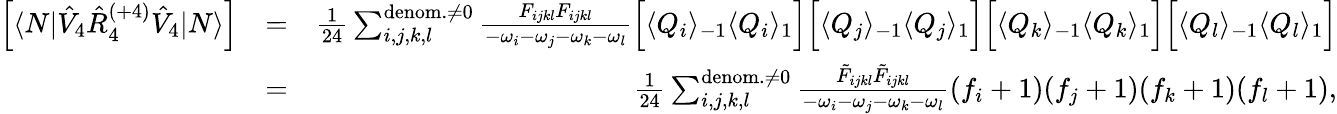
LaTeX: \begin{array}{rlr}{\left[\langle N|\hat{V}_{4}\hat{R}_{4}^{(+4)}\hat{V}_{4}|N\rangle\right]}&{=}&{\frac{1}{24}\sum_{i,j,k,l}^{{\mathrm{denom.}\neq 0}}\frac{F_{ijkl}F_{ijkl}}{-\omega_{i}-\omega_{j}-\omega_{k}-\omega_{l}}\Big[\langle Q_{i}\rangle_{-1}\langle Q_{i}\rangle_{1}\Big]\Big[\langle Q_{j}\rangle_{-1}\langle Q_{j}\rangle_{1}\Big]\Big[\langle Q_{k}\rangle_{-1}\langle Q_{k}\rangle_{1}\Big]\Big[\langle Q_{l}\rangle_{-1}\langle Q_{l}\rangle_{1}\Big]}\\ &{=}&{\frac{1}{24}\sum_{i,j,k,l}^{{\mathrm{denom.}\neq 0}}\frac{\tilde{F}_{ijkl}\tilde{F}_{ijkl}}{-\omega_{i}-\omega_{j}-\omega_{k}-\omega_{l}}(f_{i}+1)(f_{j}+1)(f_{k}+1)(f_{l}+1),}\end{array}